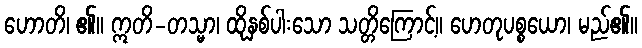
ဟောတိ၊ ၏။ ဣတိ-တသ္မာ၊ ထိုနှစ်ပါးသော သတ္တိကြောင့်။ ဟေတုပစ္စယော၊ မည်၏။